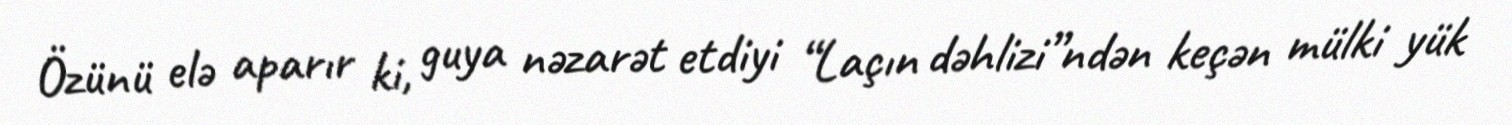
Özünü elə aparır ki, guya nəzarət etdiyi “Laçın dəhlizi”ndən keçən mülki yük